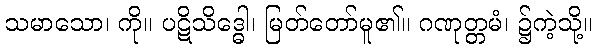
သမာသော၊ ကို။ ပဋိသိဒ္ဓေါ၊ မြတ်တော်မူ၏။ ဂဏုတ္တမံ၊ ၌ကဲ့သို့။